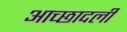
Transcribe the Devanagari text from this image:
आच्छादली